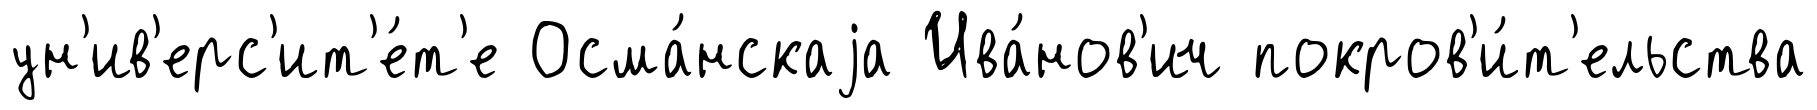
ун'ив'ерс'ит'е́т'е Осма́нскаjа Ива́нов'ич покров'и́т'ельства